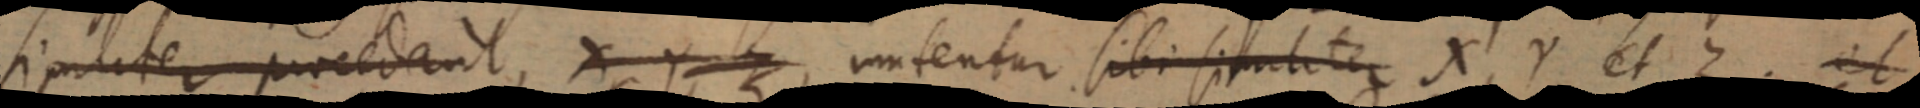
similiter precedant, X, Y, Z untentur sibi similiter X, Y et Z. et